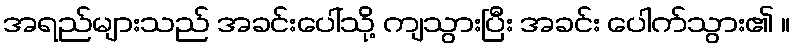
အရည်များသည် အခင်းပေါ်သို့ ကျသွားပြီး အခင်း ပေါက်သွား၏ ။